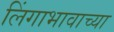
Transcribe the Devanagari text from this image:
लिंगाभावाच्या